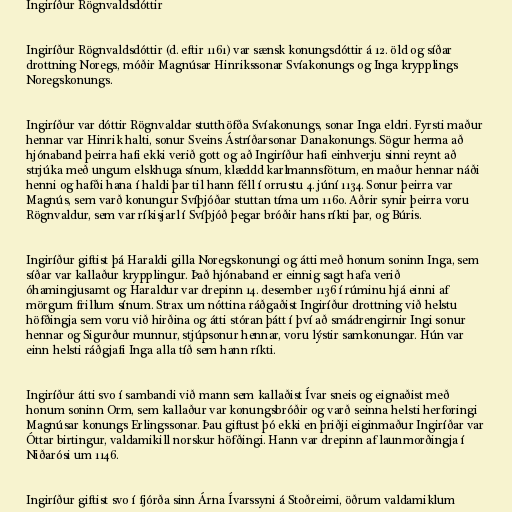
Ingiríður Rögnvaldsdóttir

Ingiríður Rögnvaldsdóttir (d. eftir 1161) var sænsk konungsdóttir á 12. öld og síðar
drottning Noregs, móðir Magnúsar Hinrikssonar Svíakonungs og Inga krypplings
Noregskonungs.

Ingiríður var dóttir Rögnvaldar stutthöfða Svíakonungs, sonar Inga eldri. Fyrsti maður
hennar var Hinrik halti, sonur Sveins Ástríðarsonar Danakonungs. Sögur herma að
hjónaband þeirra hafi ekki verið gott og að Ingiríður hafi einhverju sinni reynt að
strjúka með ungum elskhuga sínum, klæddd karlmannsfötum, en maður hennar náði
henni og hafði hana í haldi þar til hann féll í orrustu 4. júní 1134. Sonur þeirra var
Magnús, sem varð konungur Svíþjóðar stuttan tíma um 1160. Aðrir synir þeirra voru
Rögnvaldur, sem var ríkisjarl í Svíþjóð þegar bróðir hans ríkti þar, og Búris.

Ingiríður giftist þá Haraldi gilla Noregskonungi og átti með honum soninn Inga, sem
síðar var kallaður krypplingur. Það hjónaband er einnig sagt hafa verið
óhamingjusamt og Haraldur var drepinn 14. desember 1136 í rúminu hjá einni af
mörgum frillum sínum. Strax um nóttina ráðgaðist Ingiríður drottning við helstu
höfðingja sem voru við hirðina og átti stóran þátt í því að smádrengirnir Ingi sonur
hennar og Sigurður munnur, stjúpsonur hennar, voru lýstir samkonungar. Hún var
einn helsti ráðgjafi Inga alla tíð sem hann ríkti.

Ingiríður átti svo í sambandi við mann sem kallaðist Ívar sneis og eignaðist með
honum soninn Orm, sem kallaður var konungsbróðir og varð seinna helsti herforingi
Magnúsar konungs Erlingssonar. Þau giftust þó ekki en þriðji eiginmaður Ingiríðar var
Óttar birtingur, valdamikill norskur höfðingi. Hann var drepinn af launmorðingja í
Niðarósi um 1146.

Ingiríður giftist svo í fjórða sinn Árna Ívarssyni á Stoðreimi, öðrum valdamiklum